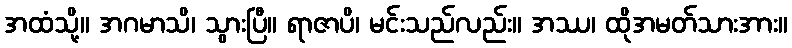
အထံသို့။ အဂမာသိ၊ သွားပြီ။ ရာဇာပိ၊ မင်းသည်လည်း။ အဿ၊ ထိုအမတ်သားအား။